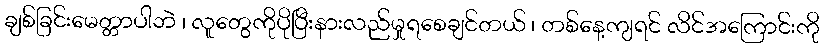
ချစ်ခြင်းမေတ္တာပါဘဲ ၊ လူတွေကိုပိုပြီးနားလည်မှုရစေချင်တယ် ၊ တစ်နေ့ကျရင် လိင်အကြောင်းကို